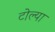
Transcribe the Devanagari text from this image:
टोल्या